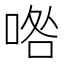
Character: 𠴰